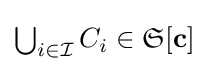
{\textstyle \bigcup _{i\in {\mathcal {I}}}C_{i}\in {\mathfrak {S}}[\mathbf {c} ]}